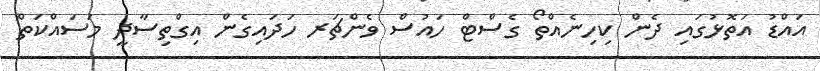
އައްޑު އަތޮޅުގައި ދެން ކިހިނެއްތޯ ގެސްޓް ހައުސް ވެންޗަރ ހަދައިގެން އިގްތިސާދީ މަސައްކަތް